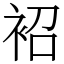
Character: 袑